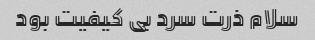
سلام ذرت سرد بی کیفیت بود